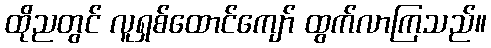
ထိုညတွင် လူရှစ်ထောင်ကျော် ထွက်လာကြသည်။